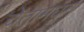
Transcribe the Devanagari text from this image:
चेतामधून